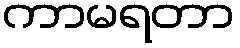
ကာမရတာ